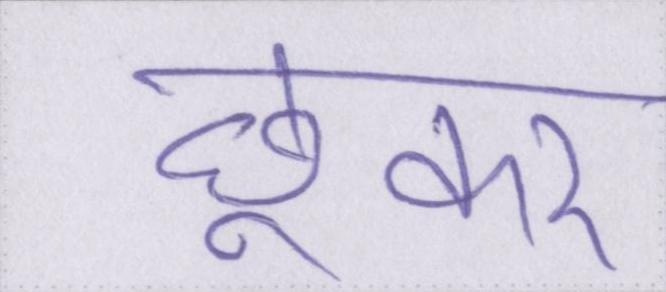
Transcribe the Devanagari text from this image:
छूकर